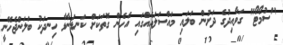
"ސުމޯޓޯ" ގަވާއިދުގެ ދަށުން ބަލައި މައްސަލައެއްގައި އެހެން ގޮތަކަށް ކަނޑަނާޅާ ހިނދަކު ބަލަންޖެހޭނީ